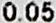
0.05